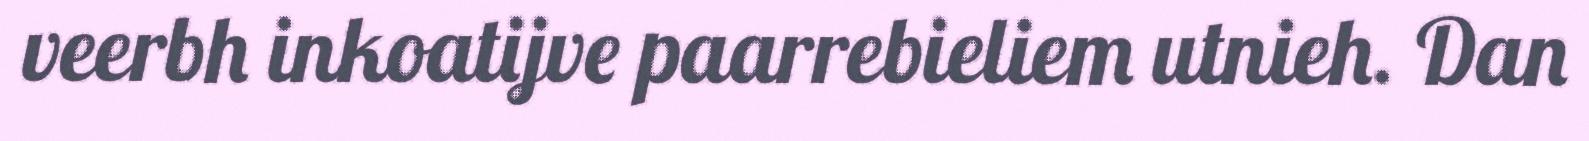
veerbh inkoatijve paarrebieliem utnieh. Dan